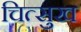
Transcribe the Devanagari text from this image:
चित्सुख